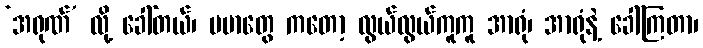
‘အရုဏ်’ လို့ ခေါ်တယ်၊ ဗမာတွေ ကတော့ လွယ်လွယ်ကူကူ အာရုံ၊ အာရုံနဲ့ ခေါ်ကြတာ၊